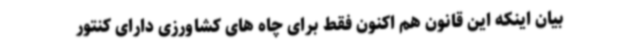
بیان اینکه این قانون هم اکنون فقط برای چاه های کشاورزی دارای کنتور